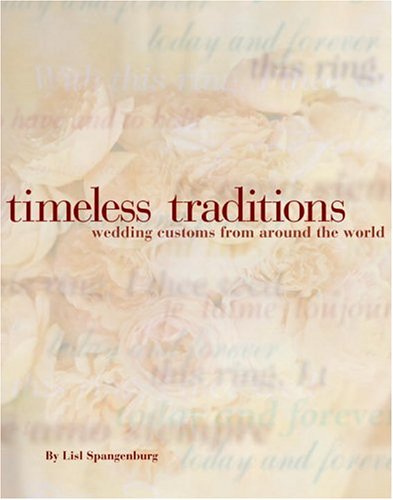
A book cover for Timeless Traditions: How to Blend Wedding Customs from Around the World Into Your Own Wedding Ceremony; Lisl Spangenberg; Crafts, Hobbies & Home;